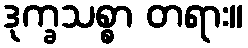
ဒုက္ခသစ္စာ တရား။